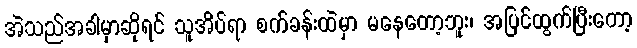
အဲသည်အခါမှာဆိုရင် သူအိပ်ရာ စက်ခန်းထဲမှာ မနေတော့ဘူး၊ အပြင်ထွက်ပြီးတော့